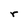
Character: r